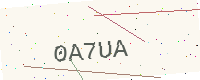
Text: 0A7UA